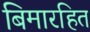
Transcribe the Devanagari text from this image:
बिमारहित